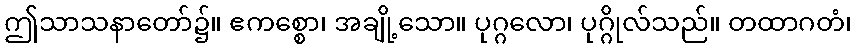
ဤသာသနာတော်၌။ ဧကစ္စော၊ အချို့သော။ ပုဂ္ဂလော၊ ပုဂ္ဂိုလ်သည်။ တထာဂတံ၊